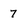
Character: 7